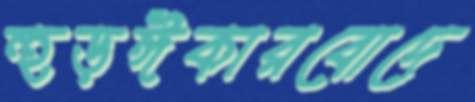
হুড়ঈকারবোদে